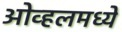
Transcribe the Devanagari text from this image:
ओव्हलमध्ये